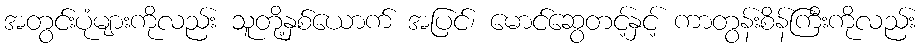
အတွင်းပုံများကိုလည်း သူတို့နှစ်ယောက် အပြင်၊ မောင်ဆွေတင့်နှင့် ကာတွန်းစိန်ကြီးကိုလည်း